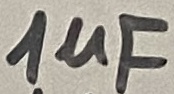
Text: 1uF